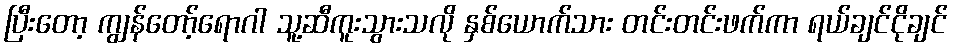
ပြီးတော့ ကျွန်တော့်ရောဂါ သူ့ဆီကူးသွားသလို နှစ်ယောက်သား တင်းတင်းဖက်ကာ ရယ်ချင်ငိုချင်